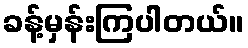
ခန့်မှန်းကြပါတယ်။